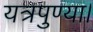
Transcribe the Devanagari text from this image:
यत्रपुण्या।